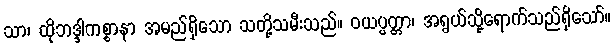
သာ၊ ထိုဘဒ္ဒါကစ္စာနာ အမည်ရှိသော သတို့သမီးသည်။ ဝယပ္ပတ္တာ၊ အရွယ်သို့ရောက်သည်ရှိသော်။